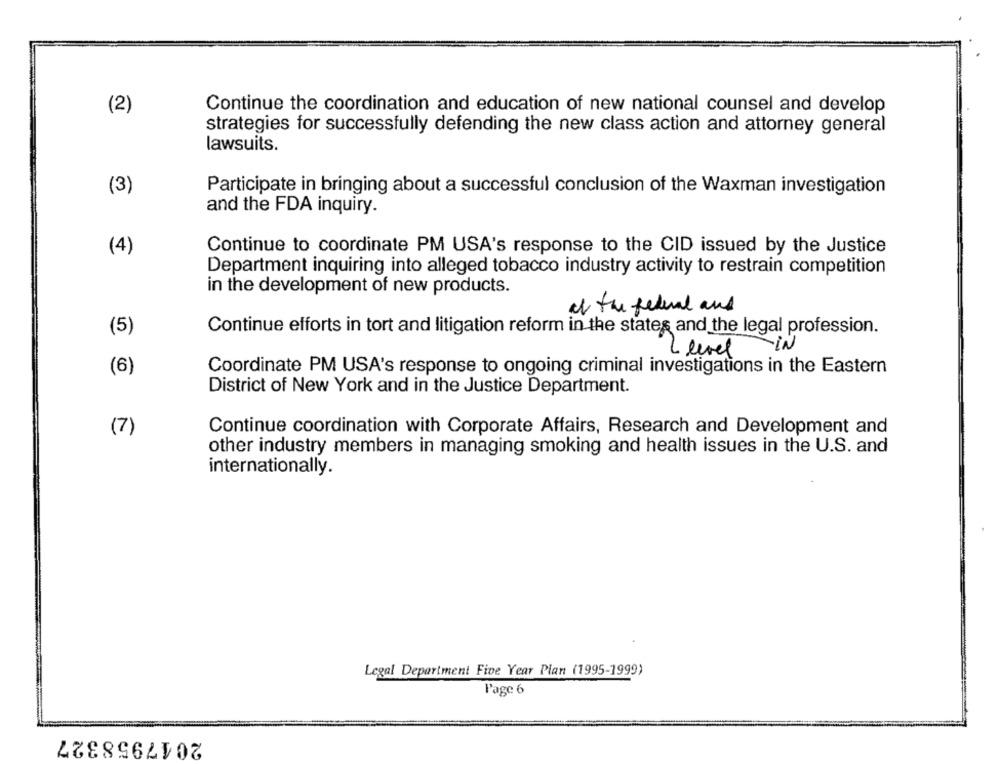
Continue the coordination and education of new national counsel and develop
(2)
strategies for successfully defending the new class action and attorney general
lawsuits.
(3)
Participate in bringing about a successful conclusion of the Waxman investigation
and the FDA inquiry.
(4)
Continue to coordinate PM USA's response to the CID issued by the Justice
Department inquiring into alleged tobacco industry activity to restrain competition
in the development of new products.
of the federal and
(5)
Continue efforts in tort and litigation reform in the states and the legal profession.
Leevel IN
(6)
Coordinate PM USA's response to ongoing criminal investigations in the Eastern
District of New York and in the Justice Department.
(7)
Continue coordination with Corporate Affairs, Research and Development and
other industry members in managing smoking and health issues in the U.S. and
internationally.
Legal Department Five Year Plan (1995-1999)
Page 6
2017958327